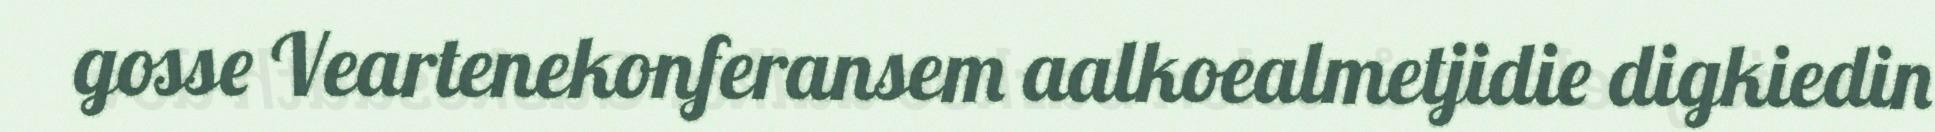
gosse Veartenekonferansem aalkoealmetjidie digkiedin